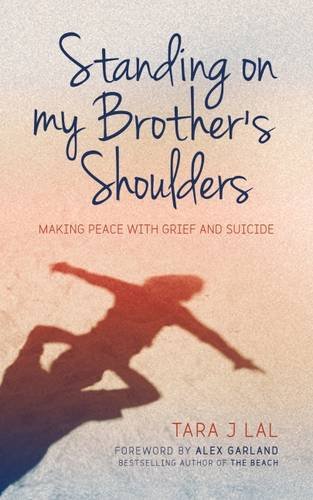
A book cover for Standing on My Brother's Shoulders: Making Peace with Grief and Suicide - A True Story; Tara Lal; Biographies & Memoirs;